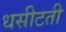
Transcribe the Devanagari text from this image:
धसीटती